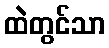
ထဲတွင်သာ